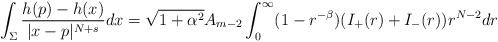
LaTeX: \begin{align*}\int_{\Sigma}\frac{h(p)- h(x)}{|x-p|^{N+s}} dx=\sqrt{1+\alpha^2}A_{m-2}\int_0^\infty (1-r^{-\beta})( I_+(r) + I_-(r) )r^{N-2}dr\end{align*}